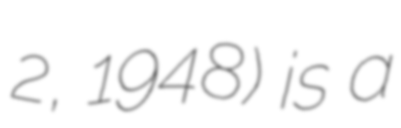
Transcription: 2, 1948) is a